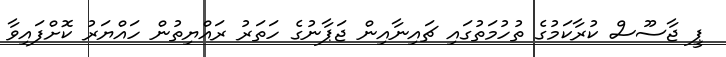
ޕީ ޖާސޫސް ކުރާކަމުގެ ތުހުމަތުގައި ޗައިނާއިން ޖަޕާނުގެ ހަތަރު ރައްޔިތުން ހައްޔަރު ކޮށްފައިވާ